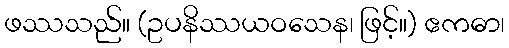
ဖဿသည်။ (ဥပနိဿယဝသေန၊ ဖြင့်။) ဧကဓာ၊